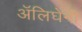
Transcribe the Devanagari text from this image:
अॅलिघेनी